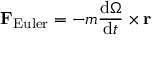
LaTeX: \mathbf { F } _ { \mathrm { E u l e r } } = - m { \frac { \mathrm { d } { \boldsymbol { \Omega } } } { \mathrm { d } t } } \times \mathbf { r }